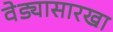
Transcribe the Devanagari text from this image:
वेड्यासारखा